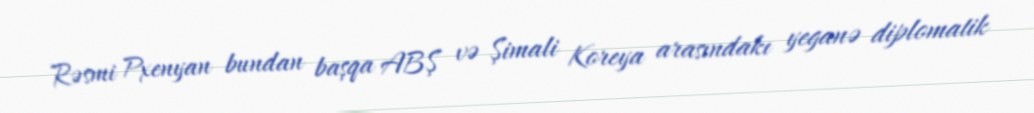
Rəsmi Pxenyan bundan başqa ABŞ və Şimali Koreya arasındakı yeganə diplomatik